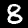
Digit: 8